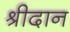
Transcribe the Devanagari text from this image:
श्रीदान